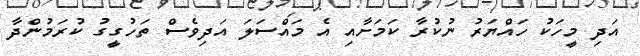
އަދި މީހަކު ހައްޔަރު ނުކުރާ ކަމަށާއި އެ މައްސަލަ އަދިވެސް ތަހުގީގު ކުރަމުންދާ